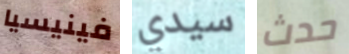
فينيسيا سيدي حدث